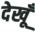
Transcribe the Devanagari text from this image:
देखूँ